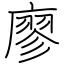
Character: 廖